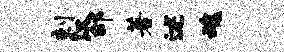
剌汉邰著述魂